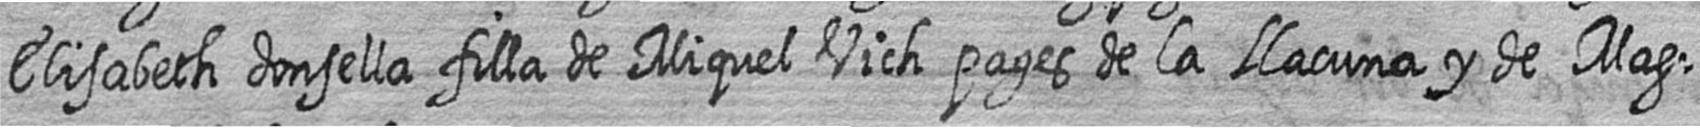
Elisabeth donsella filla de Miquel Vich pages de la Llacuna y de Mag=